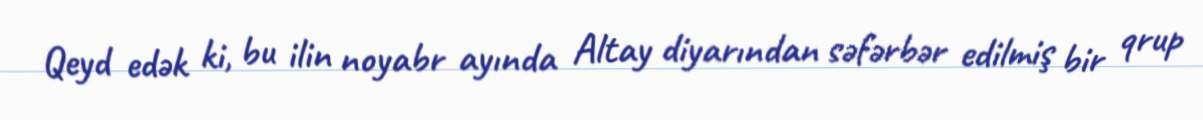
Qeyd edək ki, bu ilin noyabr ayında Altay diyarından səfərbər edilmiş bir qrup